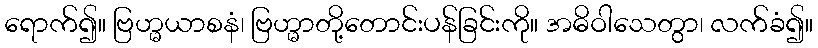
ရောက်၍။ ဗြဟ္မယာစနံ၊ ဗြဟ္မာတို့တောင်းပန်ခြင်းကို။ အဓိဝါသေတွာ၊ လက်ခံ၍။